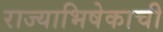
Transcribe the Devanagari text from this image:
राज्याभिषेकाची